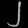
Digit: ၂